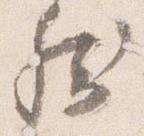
然